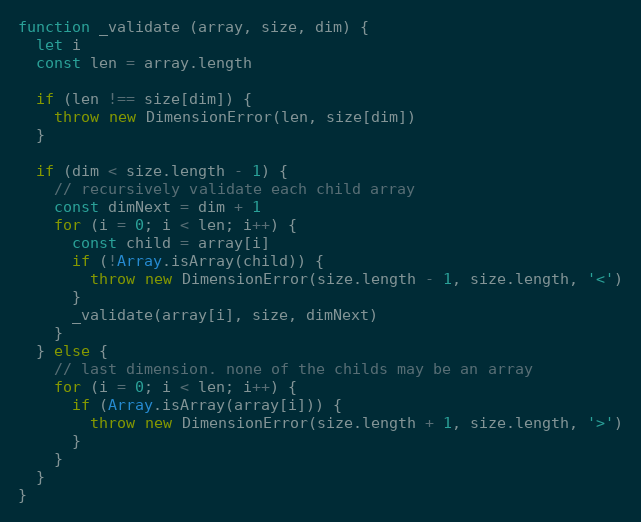
Language: JavaScript
function _validate (array, size, dim) {
  let i
  const len = array.length

  if (len !== size[dim]) {
    throw new DimensionError(len, size[dim])
  }

  if (dim < size.length - 1) {
    // recursively validate each child array
    const dimNext = dim + 1
    for (i = 0; i < len; i++) {
      const child = array[i]
      if (!Array.isArray(child)) {
        throw new DimensionError(size.length - 1, size.length, '<')
      }
      _validate(array[i], size, dimNext)
    }
  } else {
    // last dimension. none of the childs may be an array
    for (i = 0; i < len; i++) {
      if (Array.isArray(array[i])) {
        throw new DimensionError(size.length + 1, size.length, '>')
      }
    }
  }
}